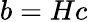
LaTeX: b=Hc